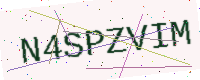
Text: N4SPZVIM